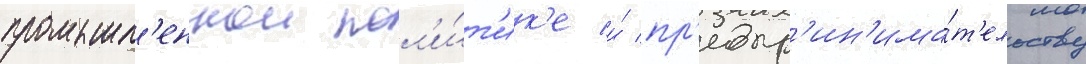
промышл'еннои пол'и́т'ик'е и́ пр'едпр'ин'има́т'ельству